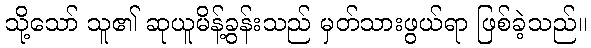
သို့သော် သူ၏ ဆုယူမိန့်ခွန်းသည် မှတ်သားဖွယ်ရာ ဖြစ်ခဲ့သည်။